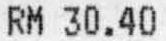
RM 30.40